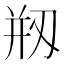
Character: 剏